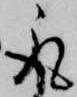
取